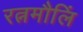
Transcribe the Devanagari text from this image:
रत्नमौलिं